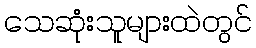
သေဆုံးသူများထဲတွင်